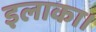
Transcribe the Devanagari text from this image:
इलाका।